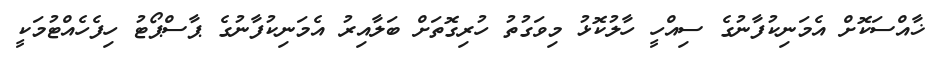
ޚާއްސަކޮށް އެމަނިކުފާނުގެ ސިއްހީ ހާލުކޮޅު މިވަގުތު ހުރިގޮތަށް ބަލާއިރު އެމަނިކުފާނުގެ ޕާސްޕޯޓު ހިފެހެއްޓުމަކީ